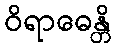
ဝိရာဓေန္တိ